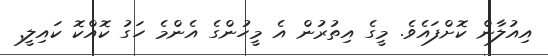
އިއުލާން ކޮށްފައެވެ. މީގެ އިތުރުން އެ މީހުންގެ އެންމެ ހަގު ކޮއްކޮ ކައިލީ